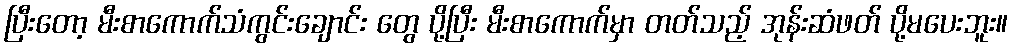
ပြီးတော့ မီးစာကောက်သံကွင်းချောင်း တွေ ပို့ပြီး မီးစာကောက်မှာ တတ်သည့် အုန်းဆံဖတ် ပို့မပေးဘူး။